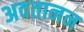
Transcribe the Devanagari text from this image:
अवतानन